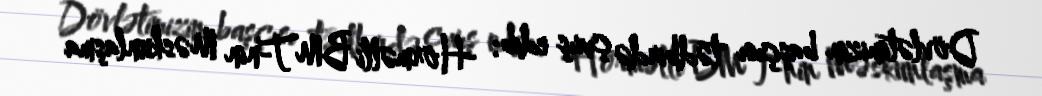
Dövlətimizin başçısı tədbirdə çıxış edib: -Hörmətli BMT-nin Məskunlaşma